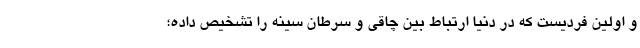
و اولین فردیست که در دنیا ارتباط بین چاقی و سرطان سینه را تشخیص داده؛